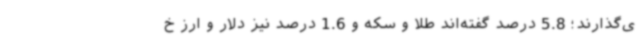
ی‌گذارند؛ 5.8 درصد گفته‌اند طلا و سکه و 1.6 درصد نیز دلار و ارز خ